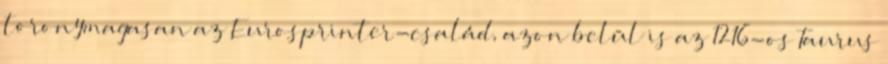
toronymagasan az Eurosprinter-család, azon belül is az 1216-os Taurus